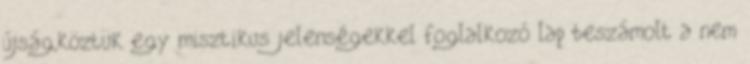
újság,köztük egy misztikus jelenségekkel foglalkozó lap beszámolt a nem